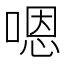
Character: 嗯